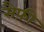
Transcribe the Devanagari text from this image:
सैफ़ी